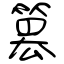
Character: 篡